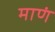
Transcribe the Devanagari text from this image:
माणं